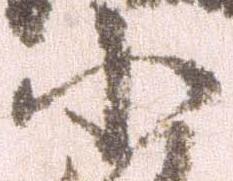
小